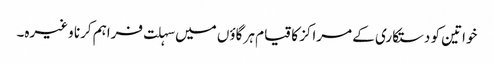
خواتین کو دستکاری کے مراکز کا قیام ہر گاؤں میں سہلت فراہم کرنا وغیرہ۔